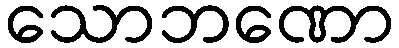
သောဘဏော